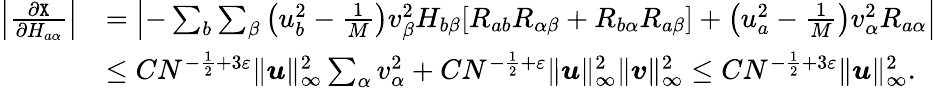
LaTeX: \begin{array}{rl}{\left|\frac{\partial{\texttt X}}{\partial H_{a\alpha}}\right|}&{=\left|-\sum_{b}\sum_{\beta}\left(u_{b}^{2}-\frac 1{M}\right)v_{\beta}^{2}H_{b\beta}[R_{ab}R_{\alpha\beta}+R_{b\alpha}R_{a\beta}]+\left(u_{a}^{2}-\frac 1{M}\right)v_{\alpha}^{2}R_{a\alpha}\right|}\\ &{\leq CN^{-\frac 1{2}+3\varepsilon}\| {\boldsymbol u}\| _{\infty}^{2}\sum_{\alpha}v_{\alpha}^{2}+CN^{-\frac 1{2}+\varepsilon}\| {\boldsymbol u}\| _{\infty}^{2}\| {\boldsymbol v}\| _{\infty}^{2}\leq CN^{-\frac 1{2}+3\varepsilon}\| {\boldsymbol u}\| _{\infty}^{2}.}\end{array}